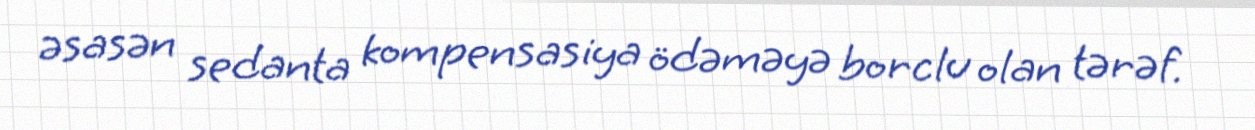
əsasən sedanta kompensasiya ödəməyə borclu olan tərəf.